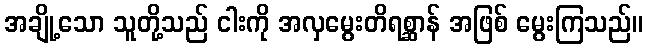
အချို့သော သူတို့သည် ငါးကို အလှမွေးတိရစ္ဆာန် အဖြစ် မွေးကြသည်။